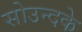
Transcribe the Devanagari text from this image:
सोउन्दके